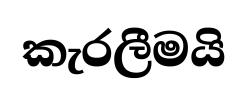
කැරලීමයි